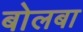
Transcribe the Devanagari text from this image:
बोलबा